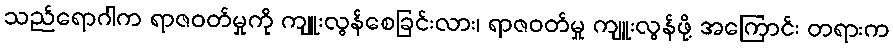
သည်ရောဂါက ရာဇဝတ်မှုကို ကျူးလွန်စေခြင်းလား၊ ရာဇဝတ်မှု ကျူးလွန်ဖို့ အကြောင်း တရားက